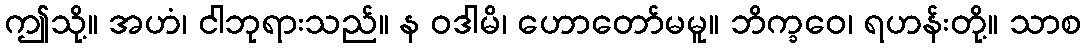
ဤသို့။ အဟံ၊ ငါဘုရားသည်။ န ဝဒါမိ၊ ဟောတော်မမူ။ ဘိက္ခဝေ၊ ရဟန်းတို့။ သာစ